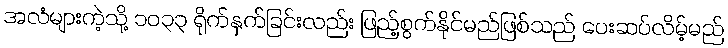
အလံများကဲ့သို့ ၁၀၃၃ ရိုက်နှက်ခြင်းလည်း ဖြည့်စွက်နိုင်မည်ဖြစ်သည် ပေးဆပ်လိမ့်မည်